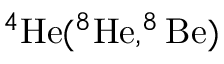
^ { 4 } \mathrm { H e } ( ^ { 8 } \mathrm { H e } , ^ { 8 } \mathrm { B e } )